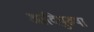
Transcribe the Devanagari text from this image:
आदिपुरुषा